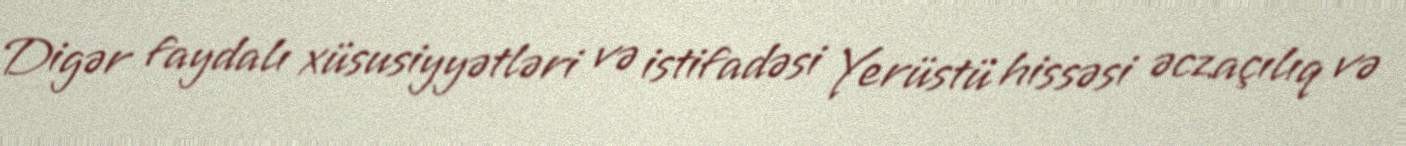
Digər faydalı xüsusiyyətləri və istifadəsi Yerüstü hissəsi əczaçılıq və